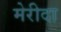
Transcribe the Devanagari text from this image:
मेरीदा